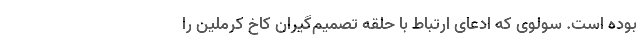
بوده است. سولوی که ادعای ارتباط با حلقه تصمیم‌گیران کاخ کرملین را